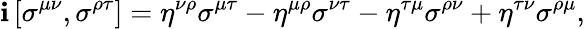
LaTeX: \mathbf{i}\left[\sigma^{\mu\nu},\sigma^{\rho\tau}\right]=\eta^{\nu\rho}\sigma^{\mu\tau}-\eta^{\mu\rho}\sigma^{\nu\tau}-\eta^{\tau\mu}\sigma^{\rho\nu}+\eta^{\tau\nu}\sigma^{\rho\mu},